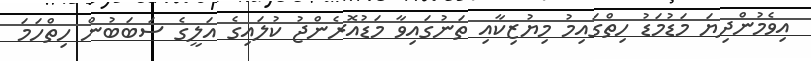
އިވެމުންދިޔަ މަޑުމަޑު ހިތްގައިމު މިޔުޒިކާއި ތަނުގައިވާ މަޑުއޮރެންޖު ކުލައިގެ އަލީގެ ސަބަބުން ހިތްހަމަ